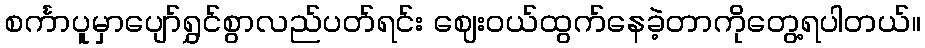
စင်္ကာပူမှာပျော်ရွှင်စွာလည်ပတ်ရင်း ဈေးဝယ်ထွက်နေခဲ့တာကိုတွေ့ရပါတယ်။